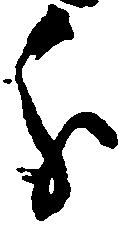
分